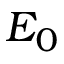
E _ { 0 }